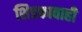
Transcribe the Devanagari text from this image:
शिडकावाही